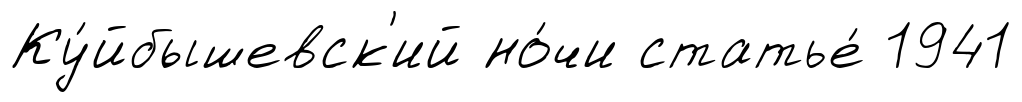
Ку́йбышевск'ий но́чи статье́ 1941